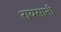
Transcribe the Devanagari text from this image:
रायसानी